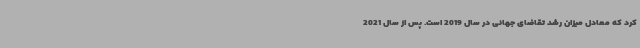
کرد که معادل میزان رشد تقاضای جهانی در سال 2019 است. پس از سال 2021